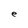
Character: e